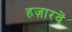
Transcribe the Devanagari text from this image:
हज़ारवें